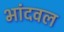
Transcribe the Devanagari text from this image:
भांदवल